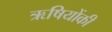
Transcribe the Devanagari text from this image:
ऋषियोंकी